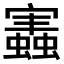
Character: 𧒡